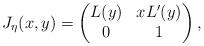
LaTeX: \begin{align*}J_\eta(x,y) = \begin{pmatrix}L(y) & xL'(y)\\0 & 1\end{pmatrix},\end{align*}